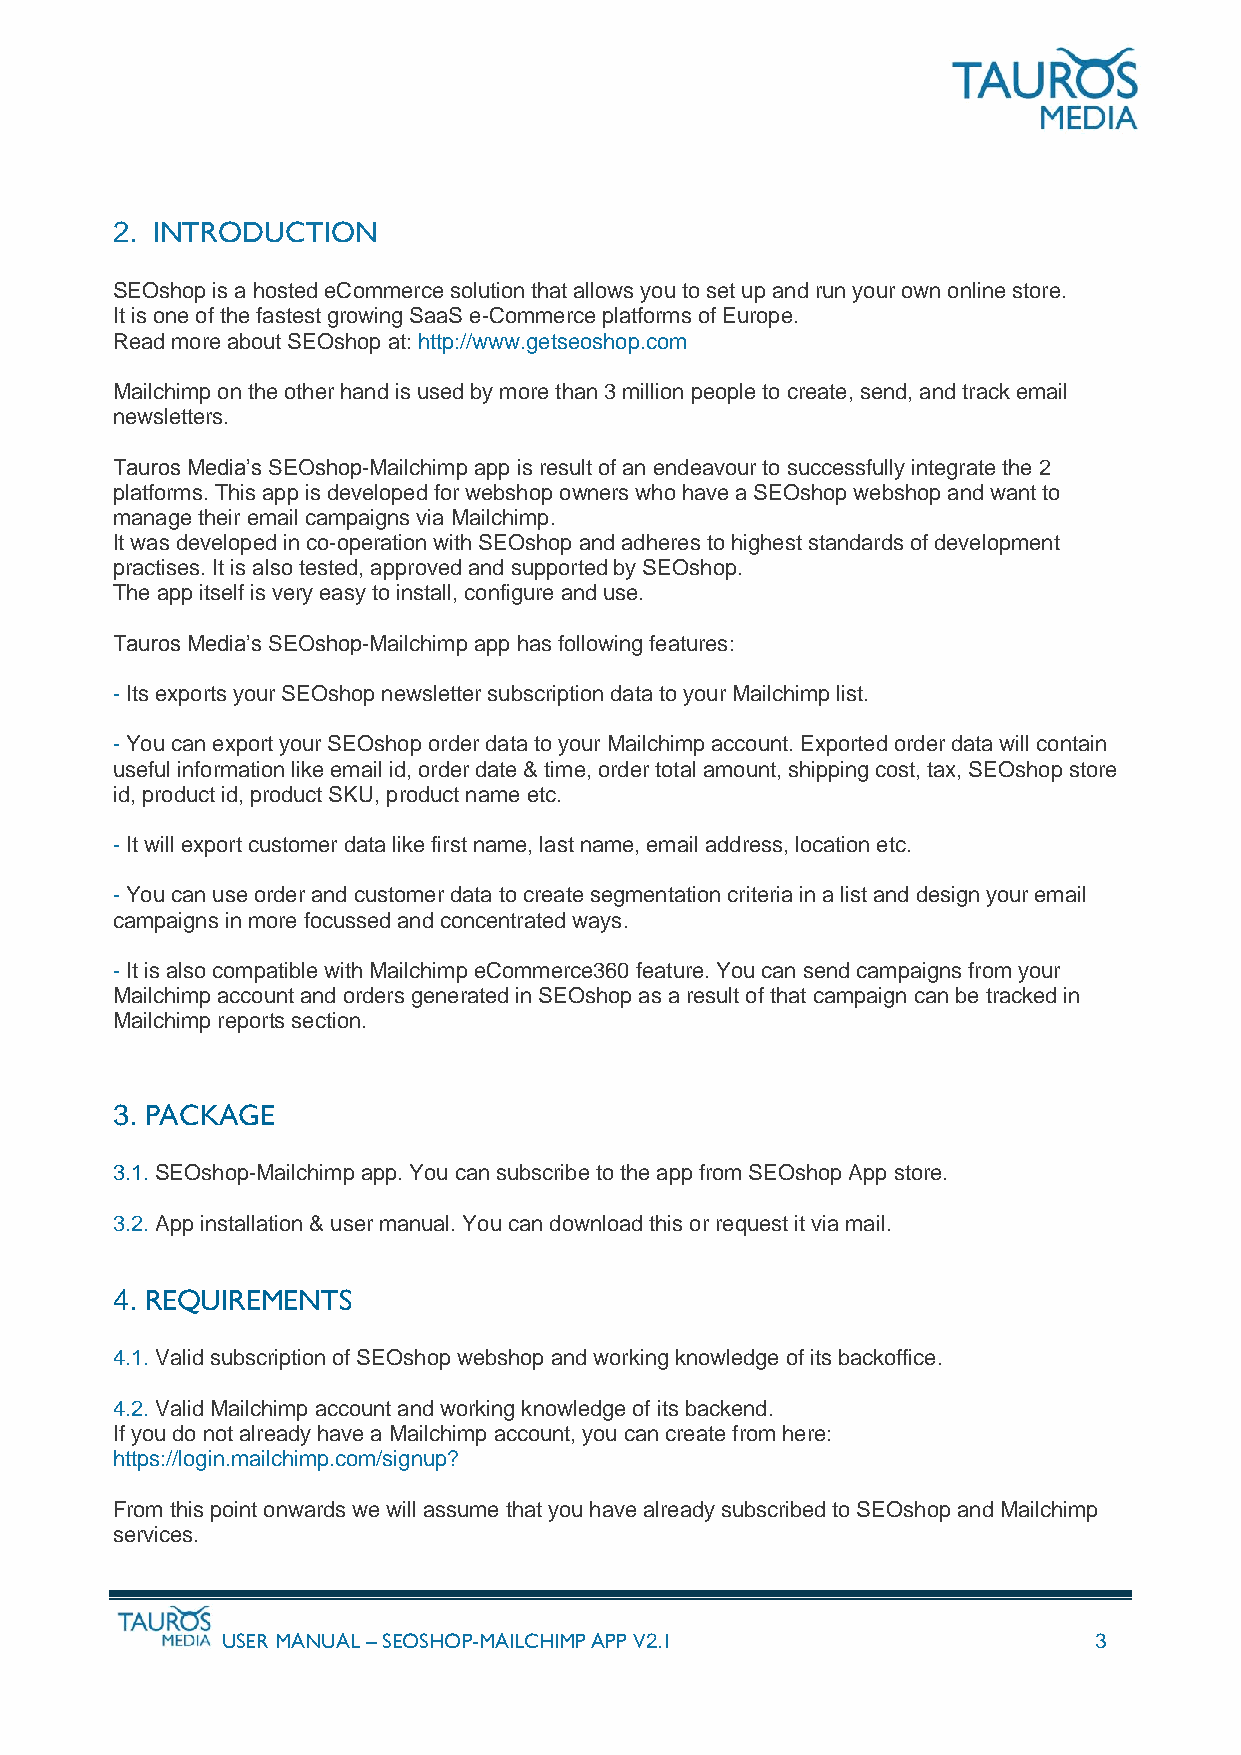
2. INTRODUCTION
 SEOshop is a hosted eCommerce solution that allows you to set up and run your own online store.
 It is one of the fastest growing SaaS e-Commerce platforms of Europe.
 Read more about SEOshop at: http://www.getseoshop.com
 Mailchimp on the other hand is used by more than 3 million people to create, send, and track email
 newsletters.
 Tauros Media’s SEOshop-Mailchimp app is result of an endeavour to successfully integrate the 2
 platforms. This app is developed for webshop owners who have a SEOshop webshop and want to
 manage their email campaigns via Mailchimp.
 It was developed in co-operation with SEOshop and adheres to highest standards of development
 practises. It is also tested, approved and supported by SEOshop.
 The app itself is very easy to install, configure and use.
 Tauros Media’s SEOshop-Mailchimp app has following features:
 - Its exports your SEOshop newsletter subscription data to your Mailchimp list.
 - You can export your SEOshop order data to your Mailchimp account. Exported order data will contain
 useful information like email id, order date & time, order total amount, shipping cost, tax, SEOshop store
 id, product id, product SKU, product name etc.
 - It will export customer data like first name, last name, email address, location etc.
 - You can use order and customer data to create segmentation criteria in a list and design your email
 campaigns in more focussed and concentrated ways.
 - It is also compatible with Mailchimp eCommerce360 feature. You can send campaigns from your
 Mailchimp account and orders generated in SEOshop as a result of that campaign can be tracked in
 Mailchimp reports section.
 3. PACKAGE
 3.1. SEOshop-Mailchimp app. You can subscribe to the app from SEOshop App store.
 3.2. App installation & user manual. You can download this or request it via mail.
 4. REQUIREMENTS
 4.1. Valid subscription of SEOshop webshop and working knowledge of its backoffice.
 4.2. Valid Mailchimp account and working knowledge of its backend.
 If you do not already have a Mailchimp account, you can create from here:
 https://login.mailchimp.com/signup?
 From this point onwards we will assume that you have already subscribed to SEOshop and Mailchimp
 services.
 USER MANUAL – SEOSHOP-MAILCHIMP APP V2.1                 3